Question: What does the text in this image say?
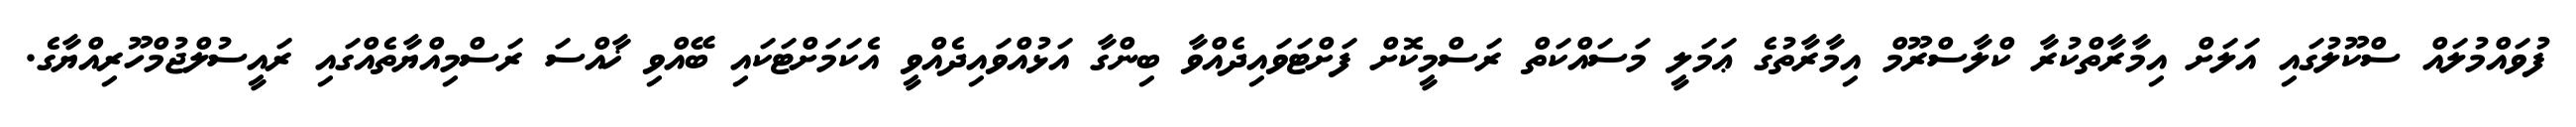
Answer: ފުވައްމުލައް ސްކޫލުގައި އަލަށް އިމާރާތްކުރާ ކްލާސްރޫމް އިމާރާތުގެ ޢަމަލީ މަސައްކަތް ރަސްމީކޮށް ފަށްޓަވައިދެއްވާ ބިންގާ އަޅުއްވައިދެއްވީ އެކަމަށްޓަކައި ބޭއްވި ޚާއްސަ ރަސްމިއްޔާތެއްގައި ރައީސުލްޖުމްހޫރިއްޔާގެ.